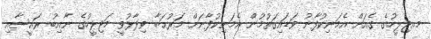
މއޖިލީހުގެ ގެއަށް އެމަނިކުފާނު ވަޑައިގަތުމުން އެމަނިކުފާނަށް މަރުޙަބާ ވިދާޅުވީ މަޖިލީހުގެ ނާއިބު ރައީސާއި